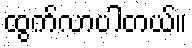
ထွက်လာပါတယ်။